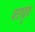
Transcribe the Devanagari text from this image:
परावॄत्त